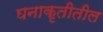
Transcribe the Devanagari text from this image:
घनाकृतीतील